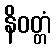
နိဝတ္တံ